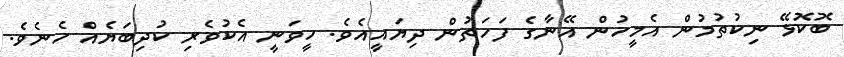
ބޮކޮޅޭ ނިކުތުމުން އެމީހުން އޭނާގެ ފަހަތުން ދިޔައީއެވެ. ހީވަނީ އެކުވެރި ކުދިބަޔެއް ހެނެވެ.